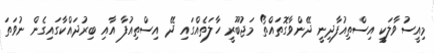
މިއީސުވާލަކީ އިސްތިއުފާދިނީ ދޭންވާގޮތައްތޯ މަޖުބޫރީ ހާލަތެއްގައި ދޭ އިސްތިއުފާ އާއި ބިރުދައްކާގައިގެން ނުވަތަ